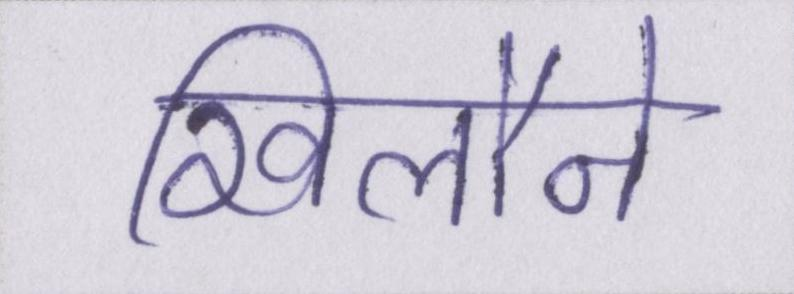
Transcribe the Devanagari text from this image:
खिलौने